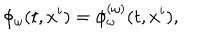
\phi _ { \omega } ( t , x ^ { i } ) = \phi _ { \omega } ^ { ( \omega ) } ( t , x ^ { i } ) ,